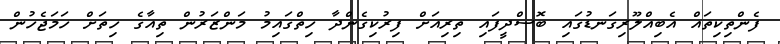
ފެންތިކިތައް އެބިއްލޫރިގަނޑުގައި ބޮސްދީފައި ތިރިއަށް ފިރުކިގެންދާ ހިތްގައިމު މަންޒަރުން ތިއާގެ ހިތަށް ހަމަޖެހުން